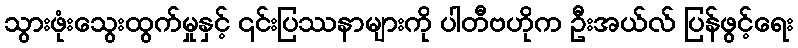
သွားဖုံးသွေးထွက်မှုနှင့် ၎င်းပြဿနာများကို ပါတီဗဟိုက ဦးအယ်လ် ပြန်ဖွင့်ရေး